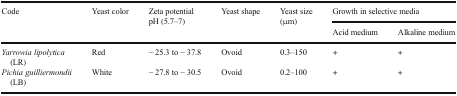
<table><thead><tr><td rowspan="2"><b>Code</b></td><td rowspan="2"><b>Yeast color</b></td><td rowspan="2"><b>Zeta potentialpH (5.7–7)</b></td><td rowspan="2"><b>Yeast shape</b></td><td rowspan="2"><b>Yeast size (μm)</b></td><td colspan="2"><b>Growth in selective media</b></td></tr><tr><td><b>Acid medium</b></td><td><b>Alkaline medium</b></td></tr></thead><tbody><tr><td><i>Yarrowia lipolytica</i> (LR)</td><td>Red</td><td>− 25.3 to − 37.8</td><td>Ovoid</td><td>0.3–150</td><td>+</td><td>+</td></tr><tr><td><i>Pichia guilliermondii</i> (LB)</td><td>White</td><td>− 27.8 to − 30.5</td><td>Ovoid</td><td>0.2–100</td><td>+</td><td>+</td></tr></tbody></table>